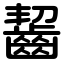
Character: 齧